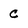
Character: C